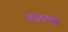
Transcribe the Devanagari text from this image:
मलबई